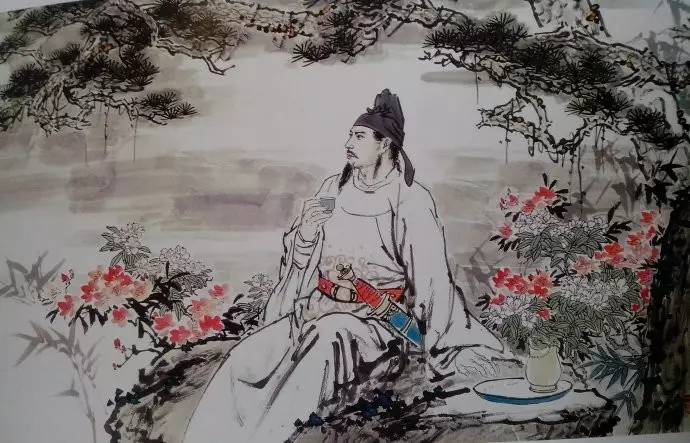
请君试问东流水，别意与之谁短长。